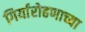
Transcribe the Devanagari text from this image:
गिर्यारोहणाच्या